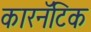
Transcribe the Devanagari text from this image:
कारनॅटिक